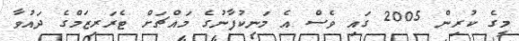
މީގެ ކުރިން 2005 ގައި ވެސް އެ މަނިކުފާނުގެ މައްޗަށް ޓެރަރިޒަމްގެ ދައުވާ